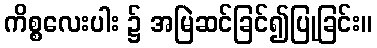
ကိစ္စလေးပါး ၌ အမြဲဆင်ခြင်၍ပြုခြင်း။